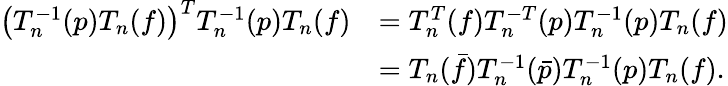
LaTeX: \begin{array}{rl}{\left(T_{n}^{-1}(p)T_{n}(f)\right)^{T}T_{n}^{-1}(p)T_{n}(f)}&{=T_{n}^{T}(f)T_{n}^{-T}(p)T_{n}^{-1}(p)T_{n}(f)}\\ &{=T_{n}(\bar{f})T_{n}^{-1}(\bar{p})T_{n}^{-1}(p)T_{n}(f).}\end{array}